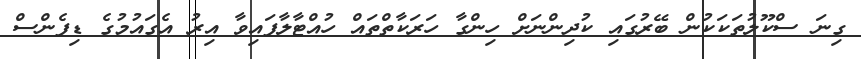
ގިނަ ސްކޫލުތަކަކުން ބޭރުގައި ކުދިންނަށް ހިންގާ ހަރަކާތްތައް ހުއްޓާލާފައިވާ އިރު އެގައުމުގެ ޑިފެންސް